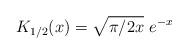
LaTeX: \begin{align*}K_{1/2} (x) = \sqrt{\pi/2x}\,\, e^{-x}\end{align*}